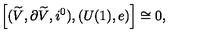
\left[ ( \widetilde { V } , \partial \widetilde { V } , i ^ { 0 } ) , ( U ( 1 ) , e ) \right] \cong 0 ,